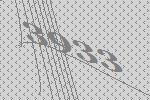
3933